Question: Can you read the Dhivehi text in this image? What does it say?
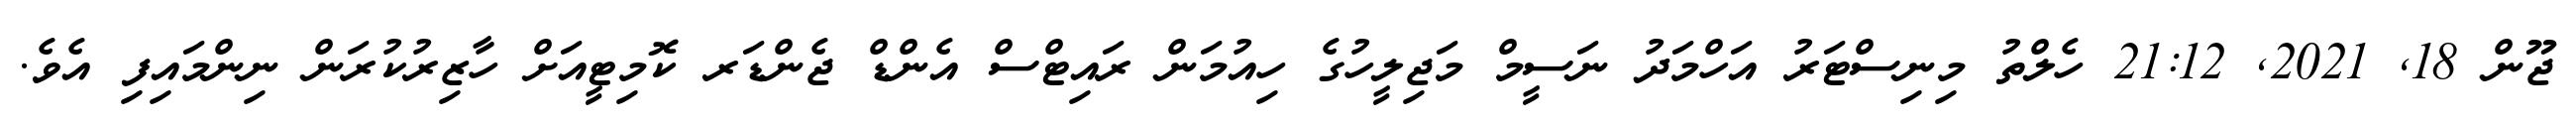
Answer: ޖޫން 18, 2021, 21:12 ހެލްތު މިނިސްޓަރު އަހްމަދު ނަސީމް މަޖިލީހުގެ ހިއުމަން ރައިޓްސް އެންޑް ޖެންޑަރ ކޮމިޓީއަށް ހާޒިރުކުރަން ނިންމައިފި އެވެ.